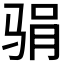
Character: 𱅖